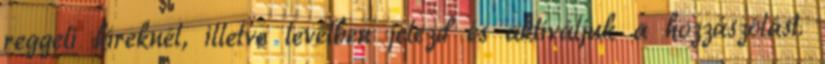
reggeli híreknél, illetve levélben jelezd és aktiváljuk a hozzászólást.